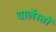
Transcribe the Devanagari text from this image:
चार्लेस्तों